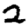
Digit: 2